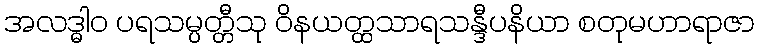
အလဒ္ဓါဝ ပရသမ္ပတ္တီသု ဝိနယတ္ထသာရသန္ဒီပနိယာ စတုမဟာရာဇာ